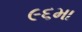
૯૬મા